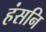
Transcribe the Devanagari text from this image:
हंसनि